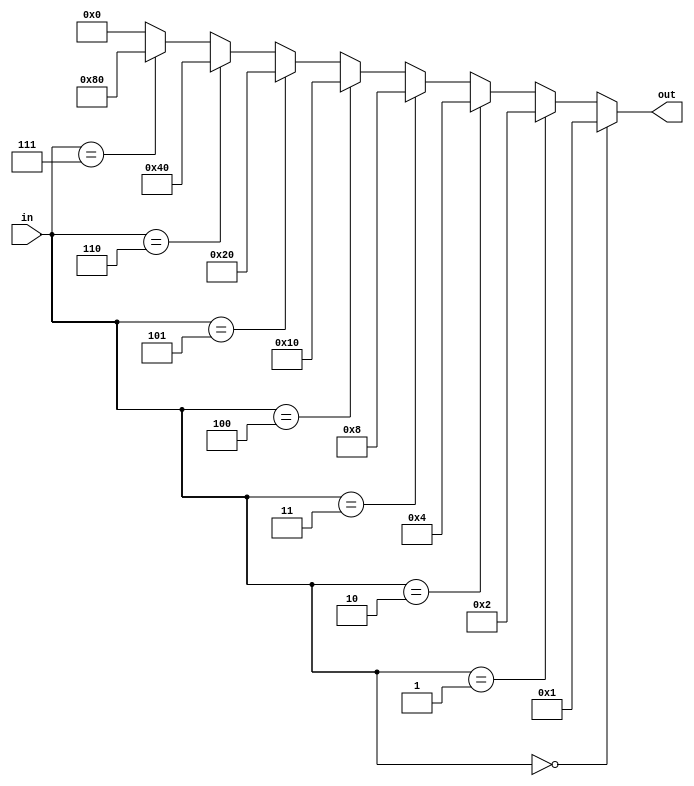
module decoder_3_8b(input[2:0] in, output[7:0] out);
  assign out =  (in == 3'd0) ? 8'h01:
                (in == 3'd1) ? 8'h02:
                (in == 3'd2) ? 8'h04:
                (in == 3'd3) ? 8'h08:
                (in == 3'd4) ? 8'h10:
                (in == 3'd5) ? 8'h20:
                (in == 3'd6) ? 8'h40:
                (in == 3'd7) ? 8'h80:
                8'h0;
endmodule